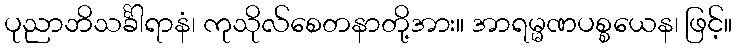
ပုညာဘိသင်္ခါရာနံ၊ ကုသိုလ်စေတနာတို့အား။ အာရမ္မဏပစ္စယေန၊ ဖြင့်။